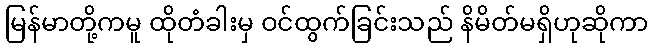
မြန်မာတို့ကမူ ထိုတံခါးမှ ဝင်ထွက်ခြင်းသည် နိမိတ်မရှိဟုဆိုကာ